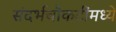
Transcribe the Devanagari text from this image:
संदर्भचौकटींमध्ये